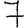
Digit: 7